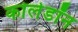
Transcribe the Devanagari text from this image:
कोलेडॉन